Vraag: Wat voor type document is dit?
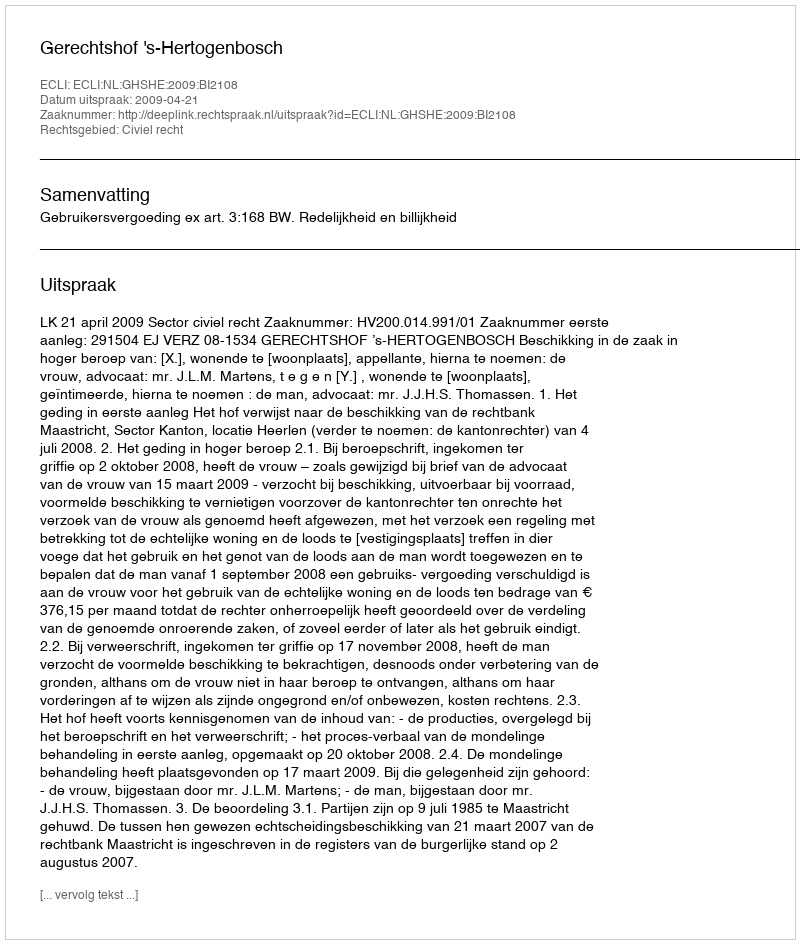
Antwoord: Uitspraak